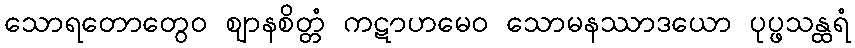
သောရတောတွေဝ ဈာနစိတ္တံ ကဋာဟမေဝ သောမနဿာဒယော ပုပ္ဖသန္ထရံ